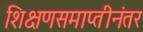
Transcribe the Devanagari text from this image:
शिक्षणसमाप्तीनंतर